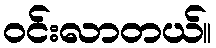
ဝင်းလာတယ်။